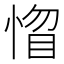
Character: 𢝻